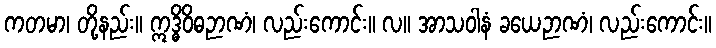
ကတမာ၊ တို့နည်း။ ဣဒ္ဓိဝိဓဉာဏံ၊ လည်းကောင်း။ လ။ အာသဝါနံ ခယေဉာဏံ၊ လည်းကောင်း။